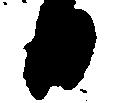
日